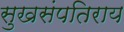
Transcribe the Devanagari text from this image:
सुखसंपतिराय